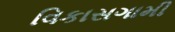
વિકાસગામી